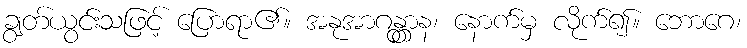
ချွတ်ယွင်းသဖြင့် ပြောရာ၏။ အနုအာဂန္တွာန၊ နောက်မှ လိုက်၍။ ဘောဂေ၊